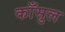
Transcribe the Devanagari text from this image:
काँसुल